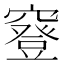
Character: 䆸